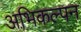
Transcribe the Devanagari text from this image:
अभिकल्‍पन